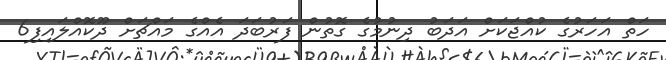
ހަތް އަހަރުގެ ކުއްޖަކަށް އަދަބު ދިނުމުގެ ގޮތުން ފަރުބަދަ އެއްގެ މައްޗަށް ދޫކޮއްލައިފި6